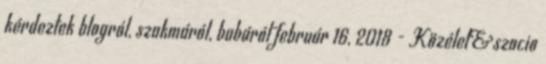
kérdeztek blogról, szakmáról, babáról február 16, 2018 - Közélet&szocio